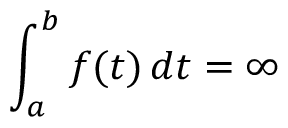
\int _ { a } ^ { b } f ( t ) \, d t = \infty